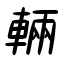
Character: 輛